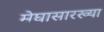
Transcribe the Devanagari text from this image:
मेघासारख्या